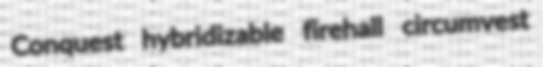
Conquest hybridizable firehall circumvest